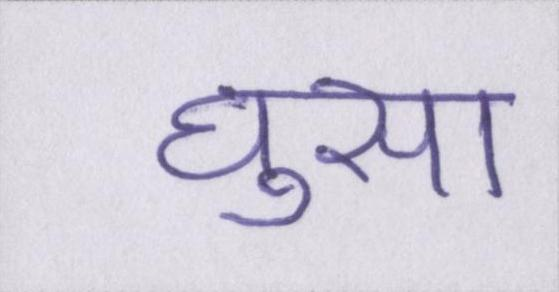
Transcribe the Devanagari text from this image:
घुसा